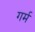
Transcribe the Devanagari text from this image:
गर्म